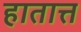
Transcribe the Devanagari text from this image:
हातात्त